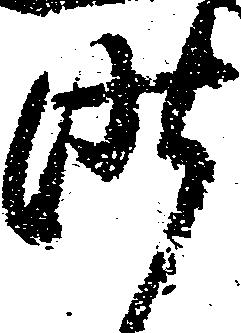
昨